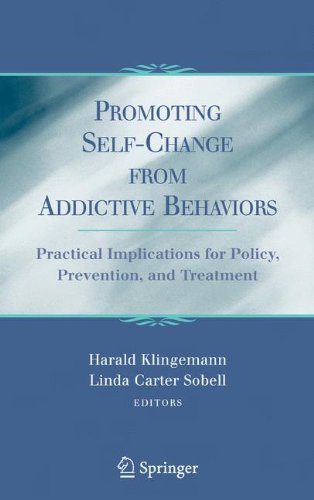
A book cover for Promoting Self-Change From Addictive Behaviors: Practical Implications for Policy, Prevention, and Treatment; Health, Fitness & Dieting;